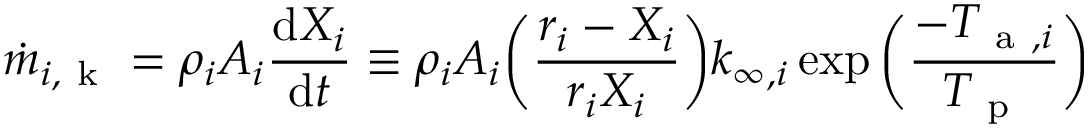
\dot { m } _ { i , \mathrm { ~ k ~ } } = \rho _ { i } A _ { i } \frac { \mathrm { d } X _ { i } } { \mathrm { d } t } \equiv \rho _ { i } A _ { i } \bigg ( \frac { r _ { i } - X _ { i } } { r _ { i } X _ { i } } \bigg ) k _ { \infty , i } \exp \bigg ( \frac { - T _ { \mathrm { ~ a ~ } , i } } { T _ { \mathrm { ~ p ~ } } } \bigg )